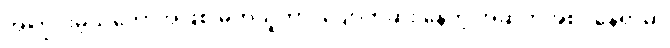
အကြွင်းမဲ့သဘောအဖြစ် မှတ်ယူတာ၊ ပျောက်ဆုံး နေတဲ့ အဆက်အစပ်နေရာမှာ